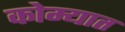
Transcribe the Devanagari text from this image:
कोम्यात